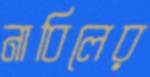
নাবিলের